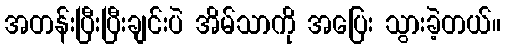
အတန်းပြီးပြီးချင်းပဲ အိမ်သာကို အပြေး သွားခဲ့တယ်။